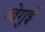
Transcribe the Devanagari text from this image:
ग्वेगुई